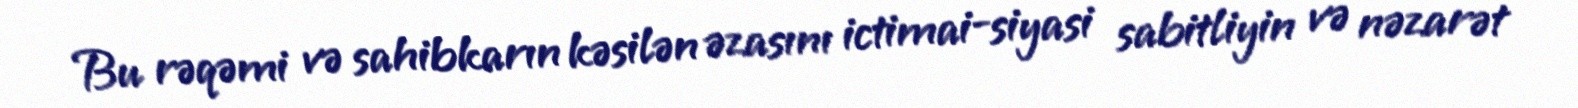
Bu rəqəmi və sahibkarın kəsilən əzasını ictimai-siyasi sabitliyin və nəzarət